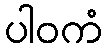
ပါဝကံ